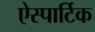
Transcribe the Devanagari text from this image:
ऐस्पार्टिक